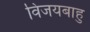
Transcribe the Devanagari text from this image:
विजयबाहु